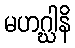
မဟဂ္ဃါနိ